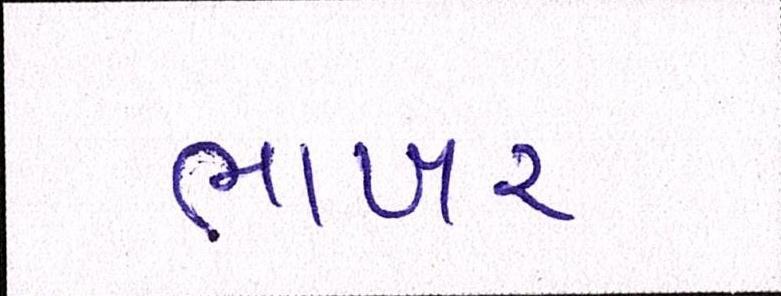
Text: ભાખર